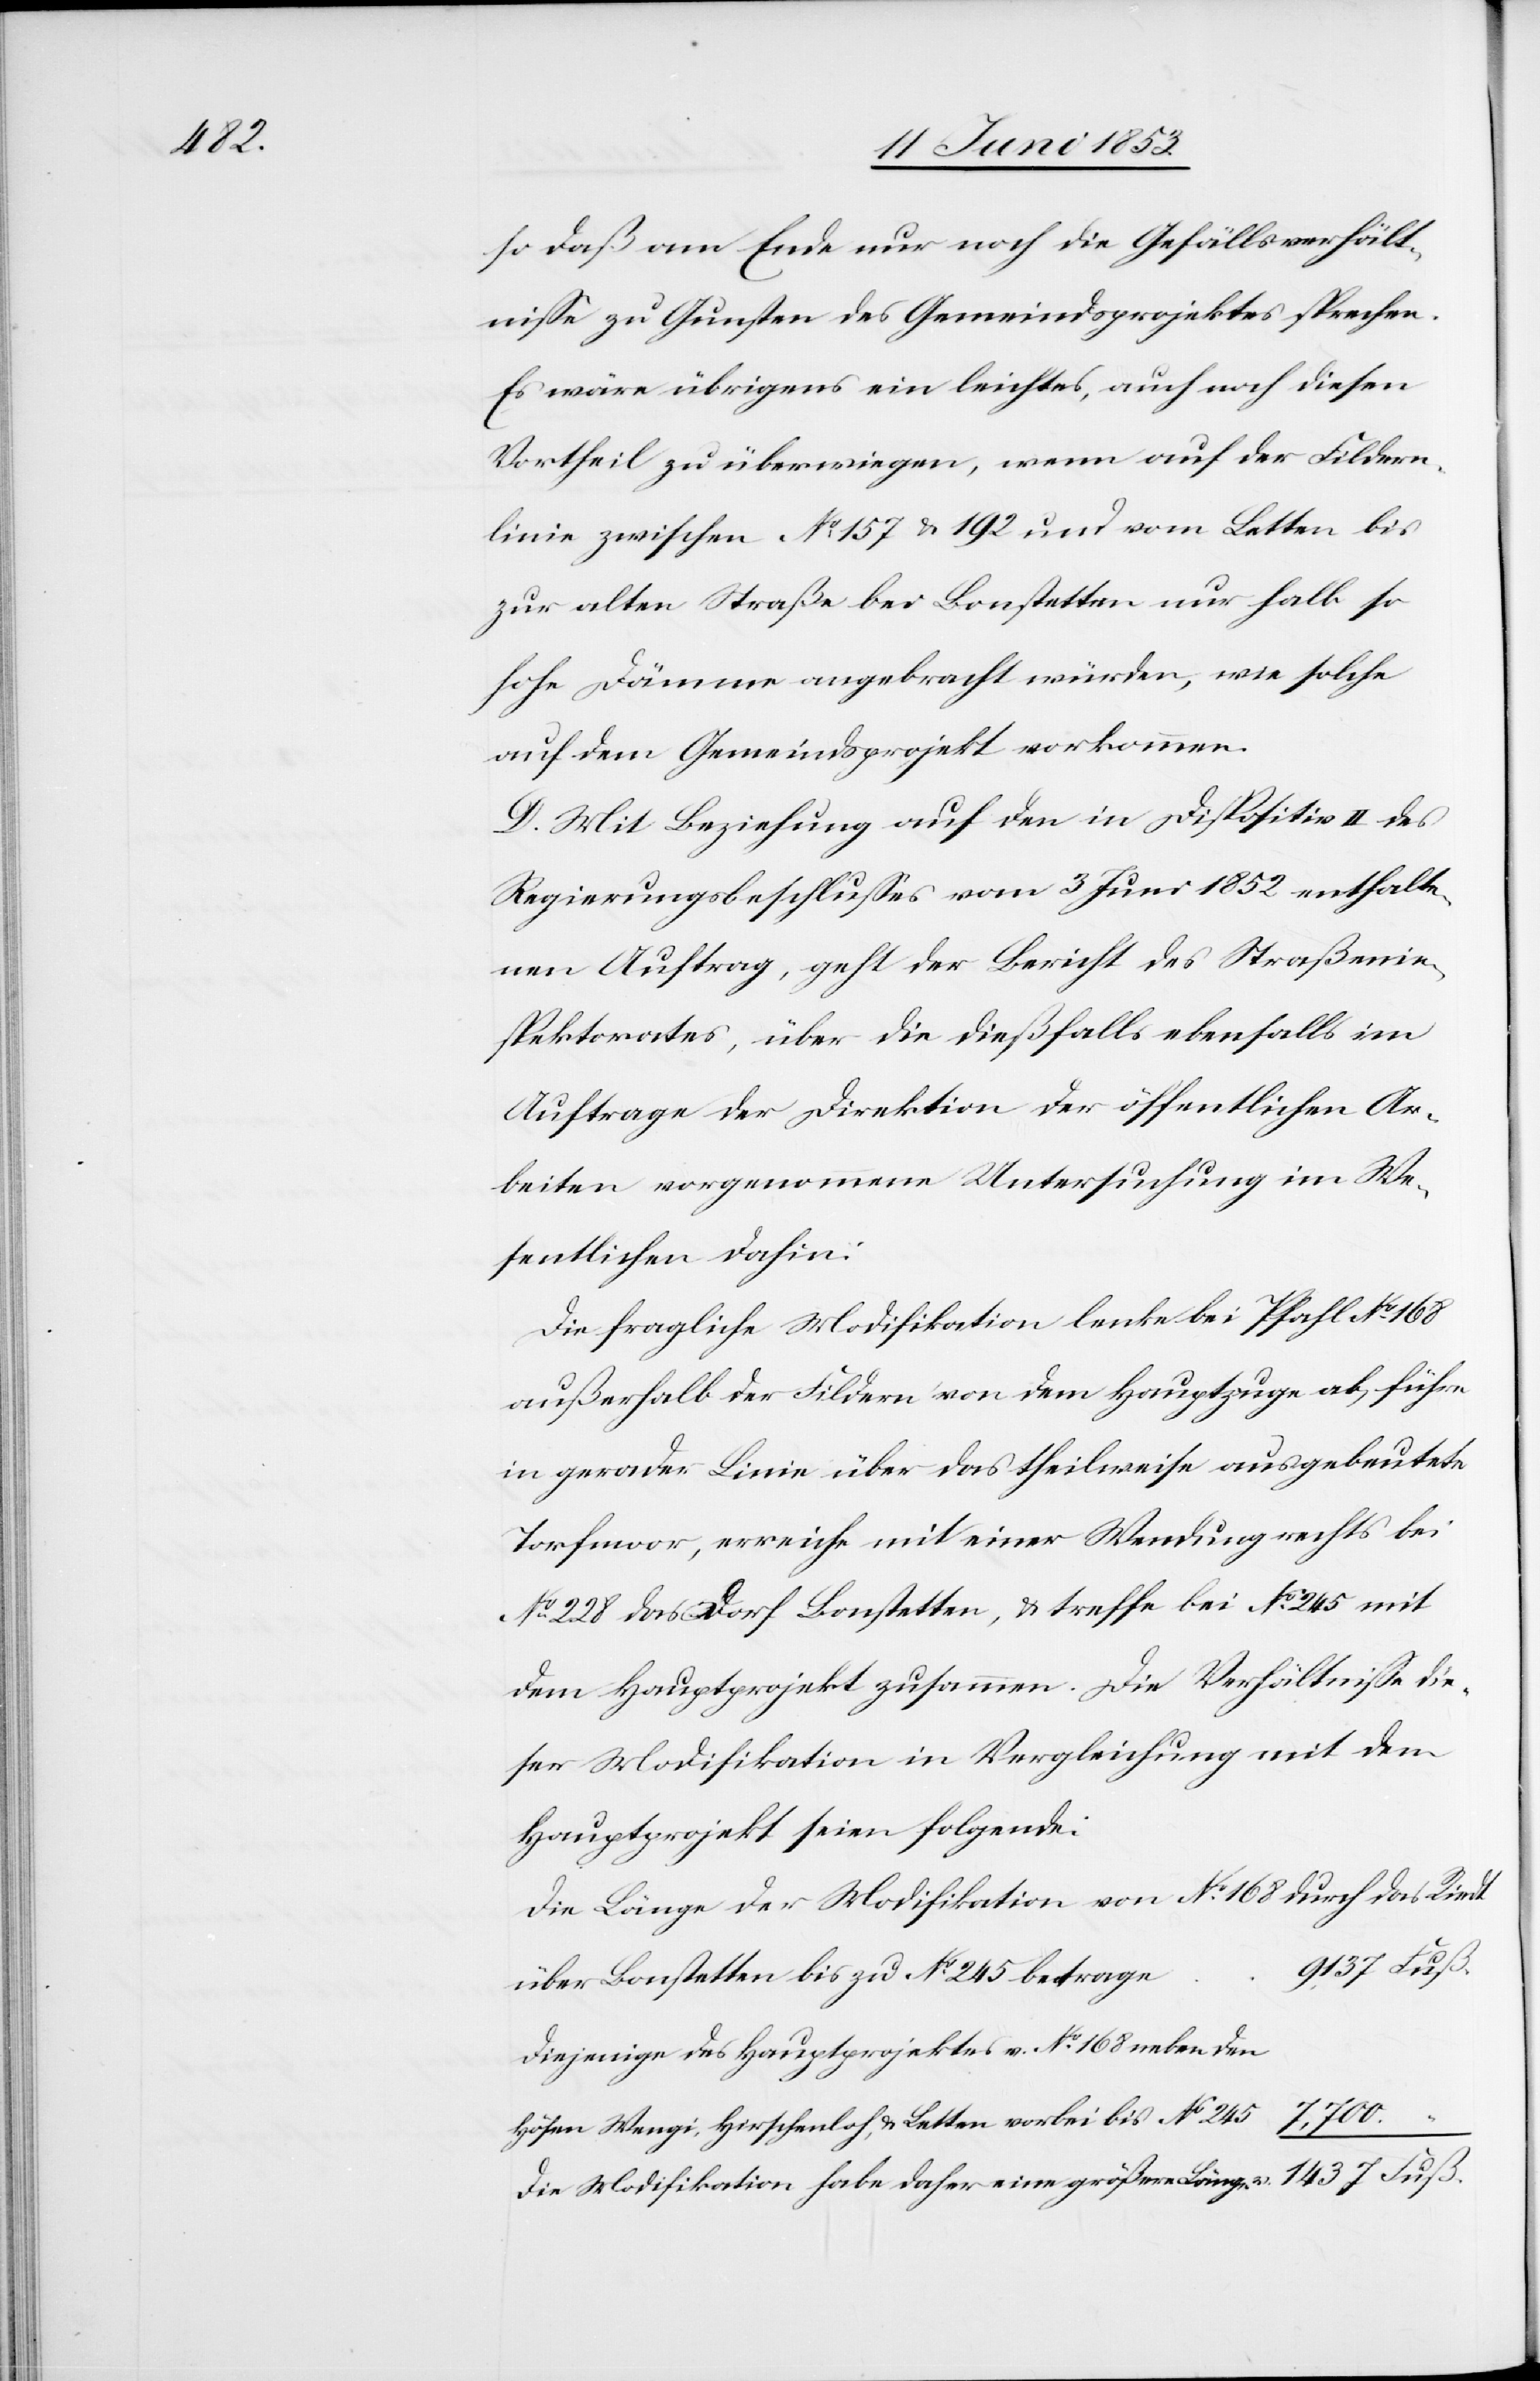
so daß am Ende nur noch die Gefällsverhält¬
niße zu Gunsten des Gemeindsprojektes sprechen.
Es wäre übrigens ein leichtes, auch noch diesen
Vortheil zu überwiegen, wenn auf der Fildern¬
linie zwischen N°. 157 u. 192 und vom Letten bis
zur alten Straße bei Bonstetten nur halb so
hohe Dämme angebracht würden, wie solche
auf dem Gemeindsprojekt vorkommen.
D. Mit Beziehung auf den in Dispositiv II. des
Regierungsbeschlußes vom 3 Juni 1852 enthalte¬
nen Auftrag, geht der Bericht des Straßenin¬
spektorates, über die dießfalls ebenfalls im
Auftrage der Direktion der öffentlichen Ar¬
beiten vorgenommen Untersuchung im We¬
sentlichen dahin:
Die fragliche Modifikation lenke bei Pfahl N°. 168
außerhalb der Fildern von dem Hauptzuge ab, führe
in gerader Linie über das theilweise ausgebeutete
Torfmoor, erreiche mit einer Wendung rechts bei
N°. 228 das Dorf Bonstetten, u. treffe bei N°. 245 mit
dem Hauptprojekt zusammen. Die Verhältniße die¬
ser Modifikation in Vergleichung mit dem
Hauptprojekt seien folgende:
Die Länge der Modifikationen von N°. 168 durch das Riedt
Diejenige des Hauptprojektes v. N°. 168 neben den
Höfen
Wengi, Hirschenloh, u. Letten vorbei bis N°. 245				7,700.
Die Modifikation habe daher eine größere Länge. v.			1437. Fuß.